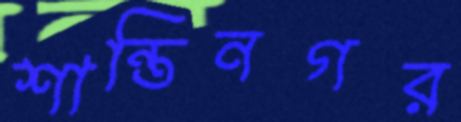
শান্তিনগর